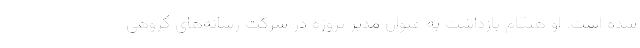
شده است. او هنگام بازداشت به عنوان مدیر پروژه در شرکت رسانه‌های گروهی